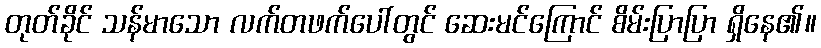
တုတ်ခိုင် သန်မာသော လက်တဖက်ပေါ်တွင် ဆေးမင်ကြောင် စိမ်းပြာပြာ ရှိနေ၏။